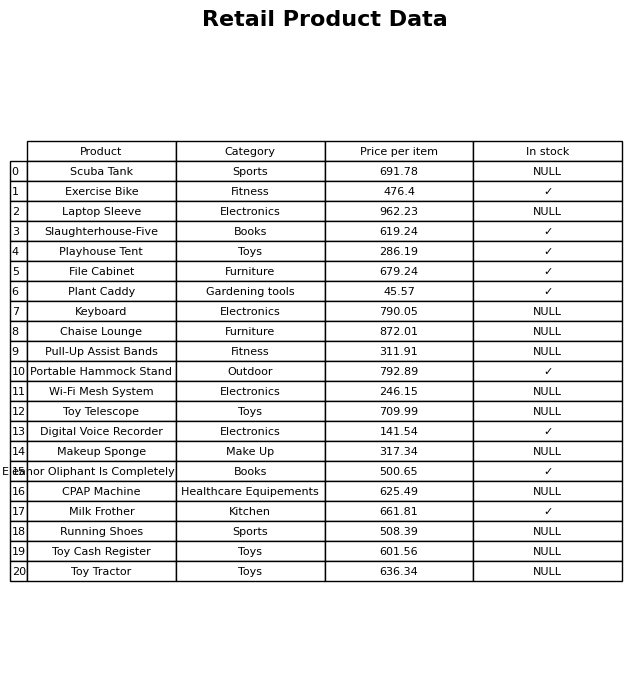
question: Which products are available in stock?
answer: Exercise Bike, Slaughterhouse-Five, Playhouse Tent, File Cabinet, Plant Caddy, Portable Hammock Stand, Digital Voice Recorder, Eleanor Oliphant Is Completely Fine, Milk Frother